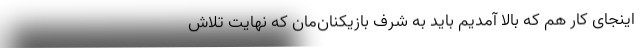
اینجای کار هم که بالا آمدیم باید به شرف بازیکنان‌مان که نهایت تلاش